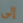
إلى